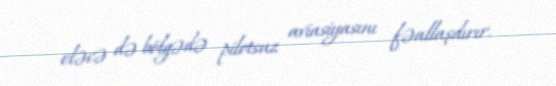
eləcə də bölgədə pilotsuz aviasiyasını fəallaşdırır.